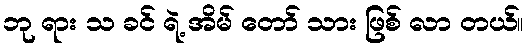
ဘု ရား သ ခင် ရဲ့ အိမ် တော် သား ဖြစ် လာ တယ်။